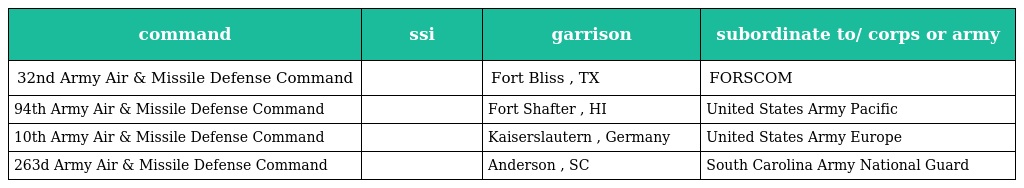
| command | ssi | garrison | subordinate to/ corps or army |
 | --- | --- | --- | --- |
 | 32nd Army Air & Missile Defense Command |  | Fort Bliss , TX | FORSCOM |
 | 94th Army Air & Missile Defense Command |  | Fort Shafter , HI | United States Army Pacific |
 | 10th Army Air & Missile Defense Command |  | Kaiserslautern , Germany | United States Army Europe |
 | 263d Army Air & Missile Defense Command |  | Anderson , SC | South Carolina Army National Guard |